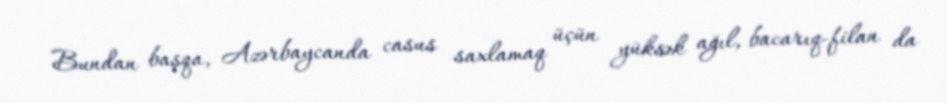
Bundan başqa, Azərbaycanda casus saxlamaq üçün yüksək ağıl, bacarıq-filan da